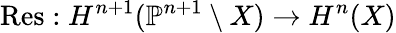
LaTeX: {\mathrm{Res}}:H^{n+1}(\mathbb{P}^{n+1}\setminus X)\to H^{n}(X)